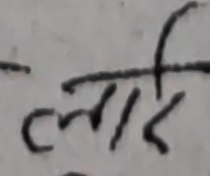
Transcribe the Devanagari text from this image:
लाई